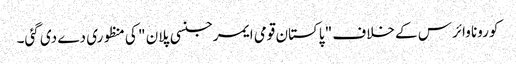
کورونا وائرس کے خلاف " پاکستان قومی ایمرجنسی پلان " کی منظوری دے دی گئی۔